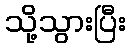
သို့သွားပြီး